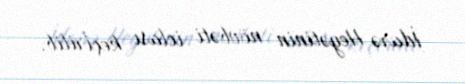
İdarə Heyətinin növbəti iclası keçirilib.